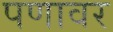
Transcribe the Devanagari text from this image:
पणावर